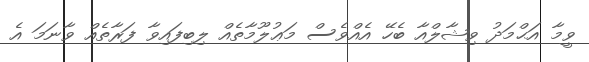
ވީމާ އަޙްމަދު ވިޝާލްއާ ބެހޭ އެއްވެސް މަޢުލޫމާތެއް ލިބިފައިވާ ފަރާތެއް ވާނަމަ އެ